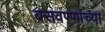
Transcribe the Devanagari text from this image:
बसवण्णांच्या